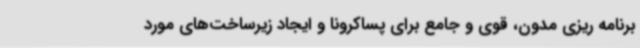
برنامه ریزی مدون، قوی و جامع برای پساکرونا و ایجاد زیرساخت‌های مورد